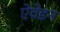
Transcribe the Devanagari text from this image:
ऐवेडन